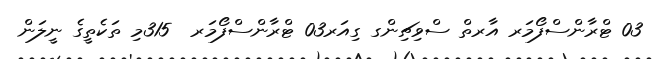
03 ޓްރާންސްފޯމަރ އާރތް ސްވިޗިންގ ގިއަރ03 ޓްރާންސްފޯމަރ  315މި ތަކެތީގެ ނީލަން